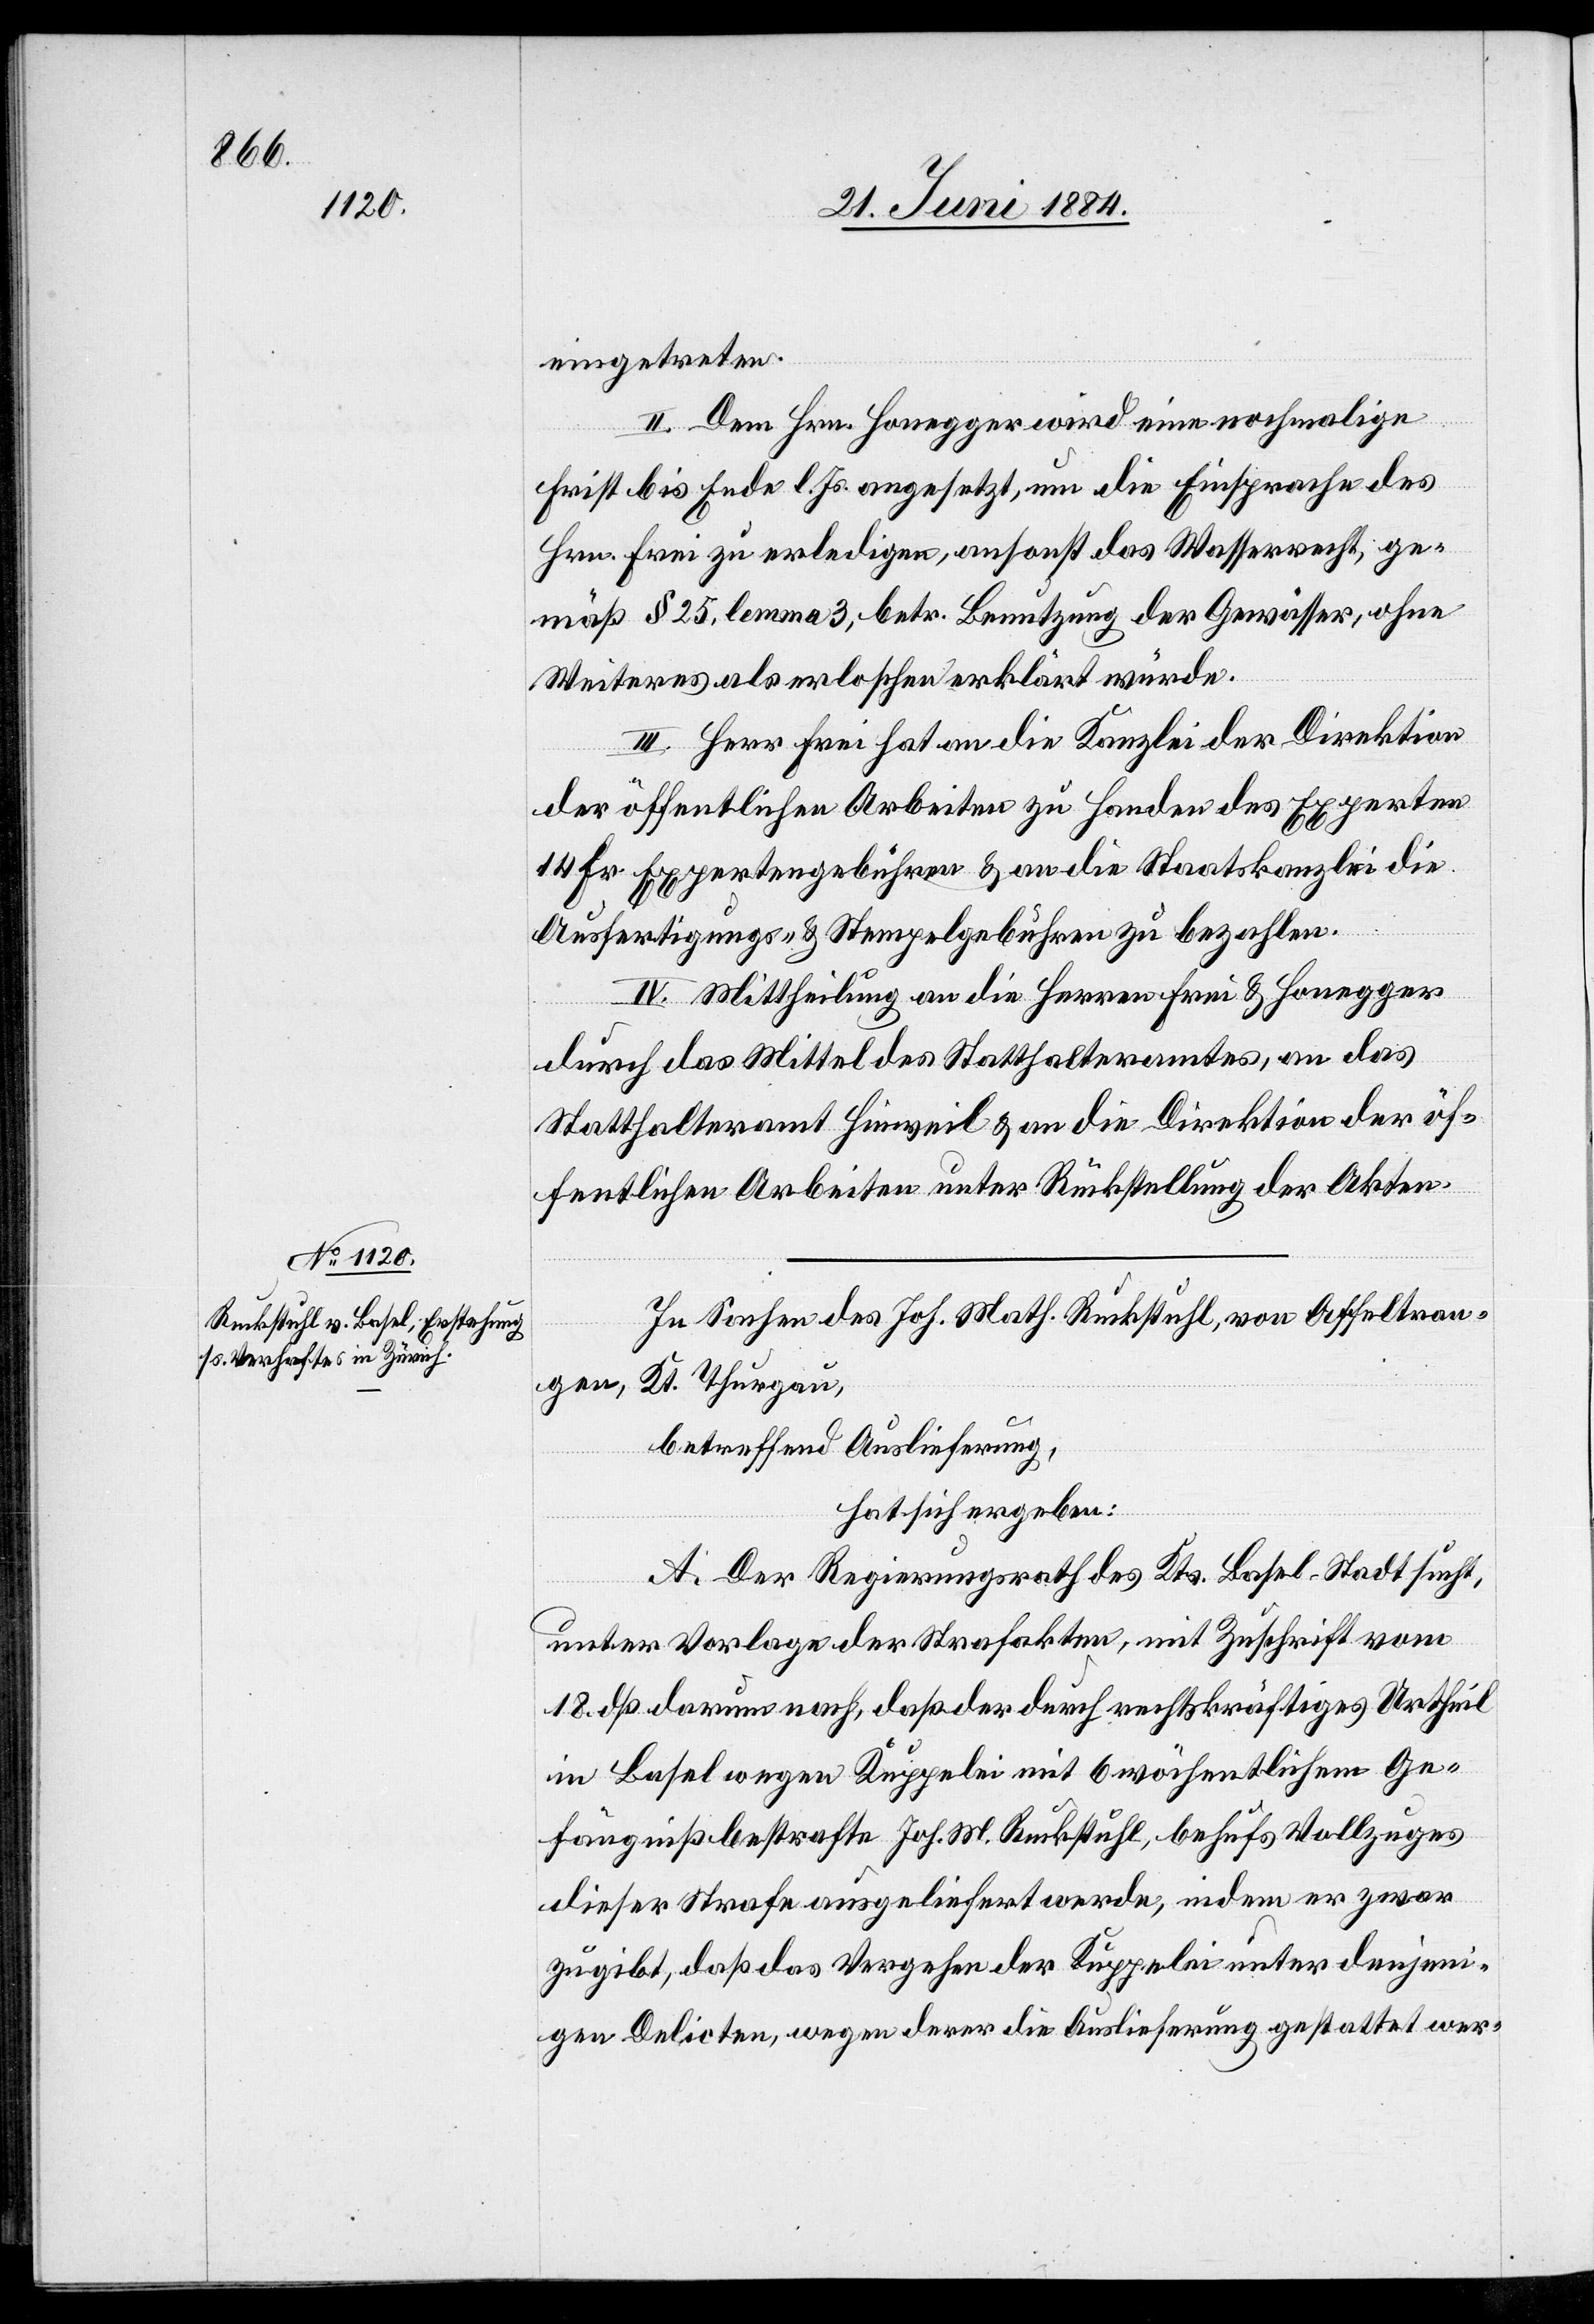
eingetreten.
II. Dem Hrn. Honegger wird eine nochmalige
Frist bis Ende l. Js. angesetzt, um die Einsprache des
Hrn. Frei zu erledigen, ansonst das Wasserrecht, ge¬
mäß § 25, lemma 3, betr. Benutzung der Gewässer, ohne
Weiteres als erloschen erklärt würde.
III. Herr Frei hat an die Kanzlei der Direktion
der öffentlichen Arbeiten zu Handen des Experten
14 Fr. Expertengebühren & an die Staatskanzlei die
Ausfertigungs- & Stempelgebühren zu bezahlen.
IV. Mittheilung an die Herren Frei & Honegger
durch das Mittel des Statthalteramtes, an das
Statthalteramt Hinweil & an die Direktion der öf¬
fentlichen Arbeiten unter Rückstellung der Akten.
In Sachen des Joh. Math. Ruckstuhl, von Affeltran¬
gen,
Kt. Thurgau,
betreffend Auslieferung,
hat sich ergeben:
A. Der Regierungsrath des Kts. Basel-Stadt sucht,
unter Vorlage der Strafakten, mit Zuschrift vom
18. dß darum nach, daß der durch rechtskräftiges Urtheil
in Basel wegen Kuppelei mit 6 wöchentlichem Ge¬
fängniß bestrafte Joh. M. Ruckstuhl, behufs Vollzuges
dieser Strafe ausgeliefert werde, indem er zwar
zugibt, daß das Vergehen der Kuppelei unter denjeni¬
gen Delicten, wegen derer die Auslieferung gestattet wer-